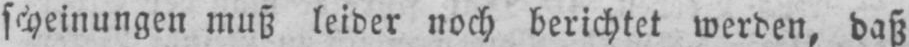
muß leider noch berichtet werden, daß